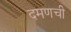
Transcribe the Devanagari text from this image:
दमणची